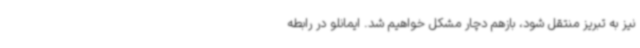
نیز به تبریز منتقل شود، بازهم دچار مشکل خواهیم شد. ایمانلو در رابطه